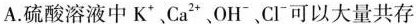
A.硫酸溶液中K^{+}、Ca^{2+}、OH^{-}、Cl^{-}可以大量共存